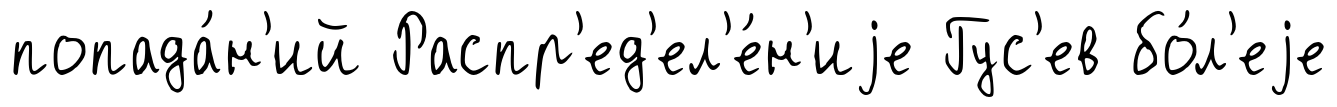
попада́н'ий Распр'ед'ел'е́н'иjе Гус'ев бо́л'еjе